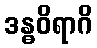
ဒန္ဓဝိရာဂိ